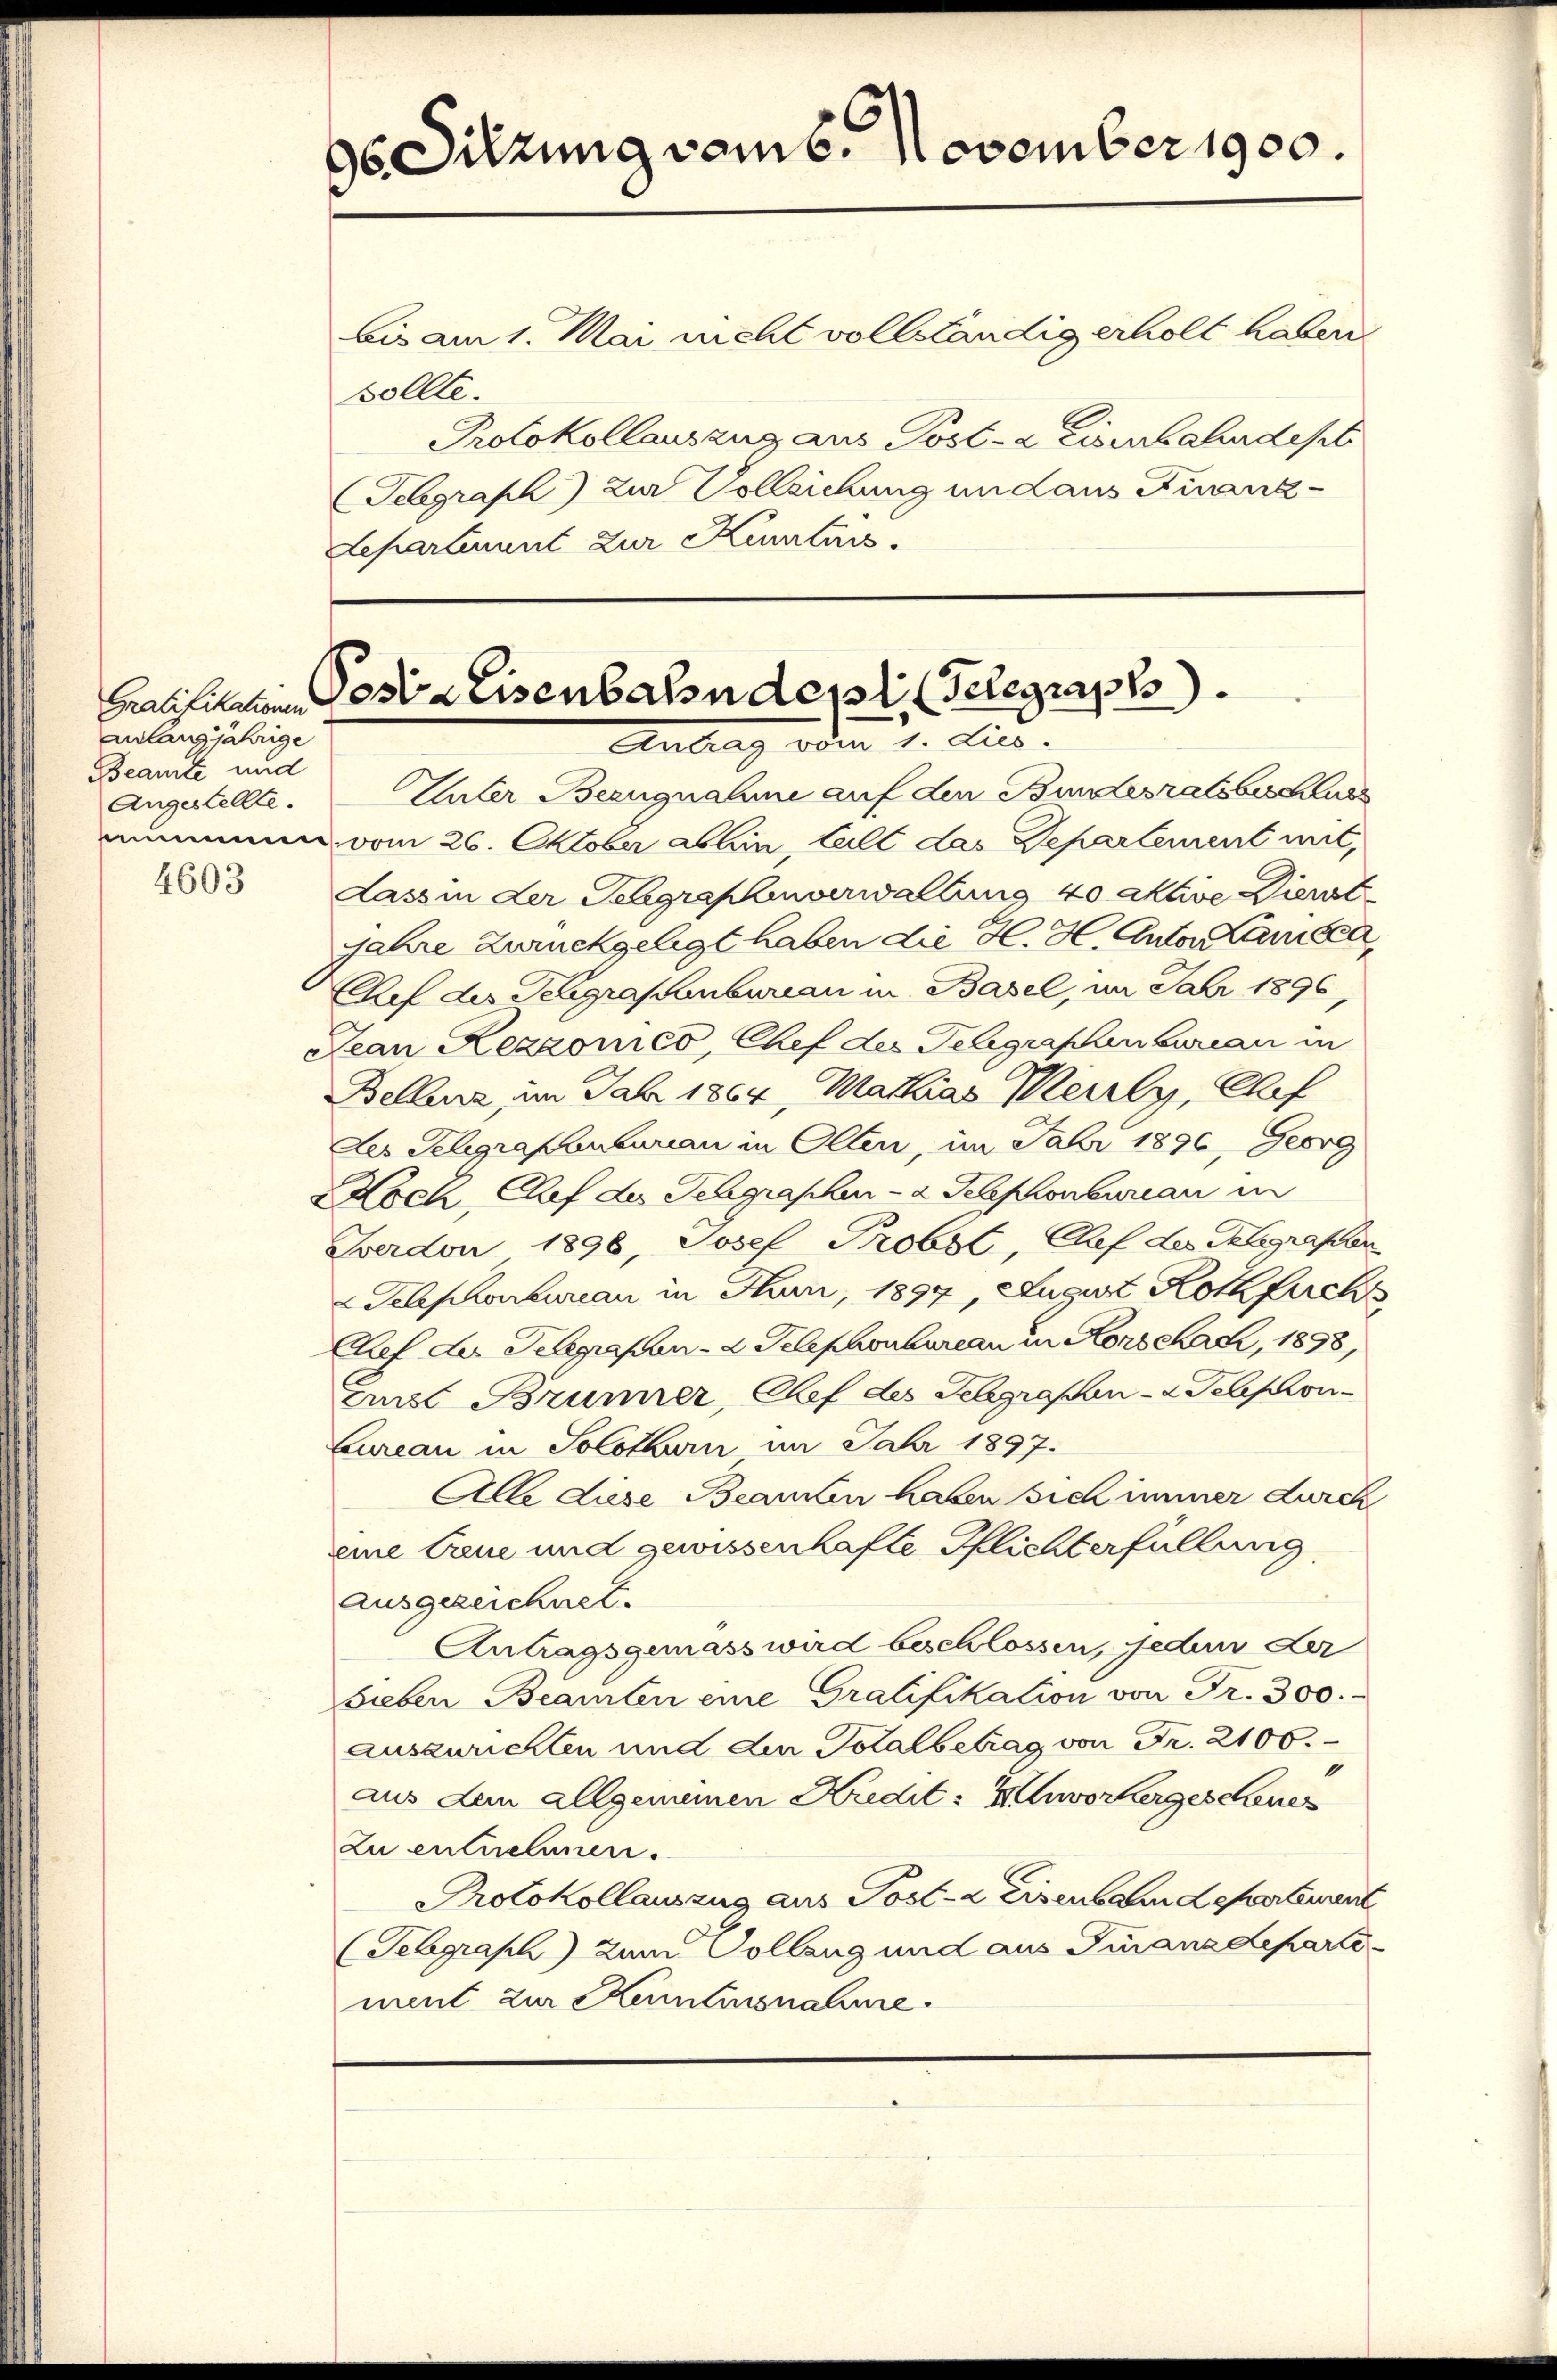
Gratifikationen
zulangjährige
Beamte und
Angestellte.

4603

s Sitzung vom 6. November 1900.

bis am 1. Mai nicht vollständig erholt haben
Sollte.
Protokollauszug aus Post- & Eisenbahndepti
Telegraph) zur Vollziehung und aus Finanz-
Lepartement zur Kenntnis.

Post-Eisenbahn des Telegraph
Antrag oden 1. Jus

Unter Beengnaline auf den Bundesratsbeschuss
nammen vom 26. Oktober abhin, Call das Separtement mit,
Lass in der Seegraphenverwaltung 40 aktive Viert
jahre Zurückgelegt haben die H. H. Anton Landen,
Chef des Teagrapenbureau in Basel, im Jahr 1896,
Jean Rezzonico, Chef der Telegraphenbureau in
Bellenz, im Jahr 1864, Mathias Merly, Chef
Der Schgrafenbureau in Olten, im Jahr 1896, Georg
Koch, Chef der Schgraphen-a Telephonbureau in
Zerdon 1898, Josef Probst Chef des Klegrafen
Telephonbureau in Hun, 1897, August Roth furch
Chef der Telegrafen-a Telephonbureau in Konschah, 1898,
eus Brunner, Chef des Gelegraphen- u. Telephon
Bureau in Solothurn im Jahr 1897.
Alle diese Beamten haben sich immer durch
eine Caue und gewissenhafte Pflichterfüllung
ausgezeichnet.
Antragsgemass wird beschlossen, jeden der
Sieben Beamten eine Gratifikation von Fr. 300.
auszurichten und der Totalbetrag von Fr. 2100.
aus den allgemeinen Kredit: Unvorhergesehenes
zu entnehmen.
Protokollauszug aus Post- & Eisenbahn Departement
(Gebgraph) zum Vollzug und aus Finanzdepartement zur Kenntnisnahme.